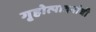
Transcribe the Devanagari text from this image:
गृहोत्पादनांची